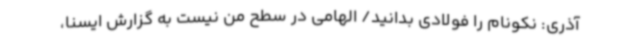
آذری: نکونام را فولادی بدانید/ الهامی در سطح من نیست به گزارش ایسنا،